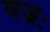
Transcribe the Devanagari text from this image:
वज्रः